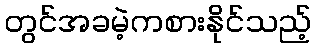
တွင်အခမဲ့ကစားနိုင်သည့်